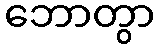
ဘောတွာ